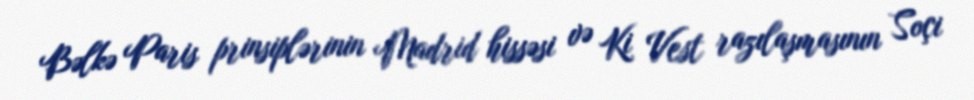
Bəlkə Paris prinsiplərinin Madrid hissəsi və Ki Vest razılaşmasının Soçi